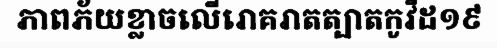
ភាពភ័យខ្លាចលើរោគរាតត្បាតកូវីដ១៩